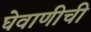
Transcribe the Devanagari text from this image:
घेवाणीची